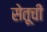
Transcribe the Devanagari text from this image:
सेतूची